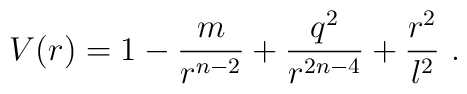
V(r) = 1 - \frac{m}{r^{n-2}} + \frac{q^2}{r^{2n-4}} + \frac{r^2}{l^2}\ .